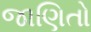
જાણિતો